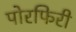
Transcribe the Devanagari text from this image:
पोरफिरी